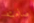
صامته